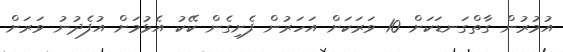
އުމުރުން ގާތްގަނޑަކަށް 10 ވަރަކަށް އަހަރުން ފެށިގެން ކޭކު އެޅުމަށް އުފެދުނު ވަރަށް